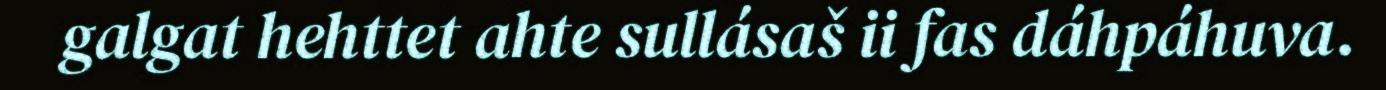
galgat hehttet ahte sullásaš ii fas dáhpáhuva.